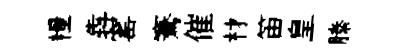
糧犇窰騫催材笛皇縢